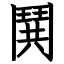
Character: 鬨